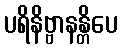
ပရိနိဗ္ဗာနန္တိပေ